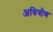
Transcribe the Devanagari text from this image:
अधिगौण